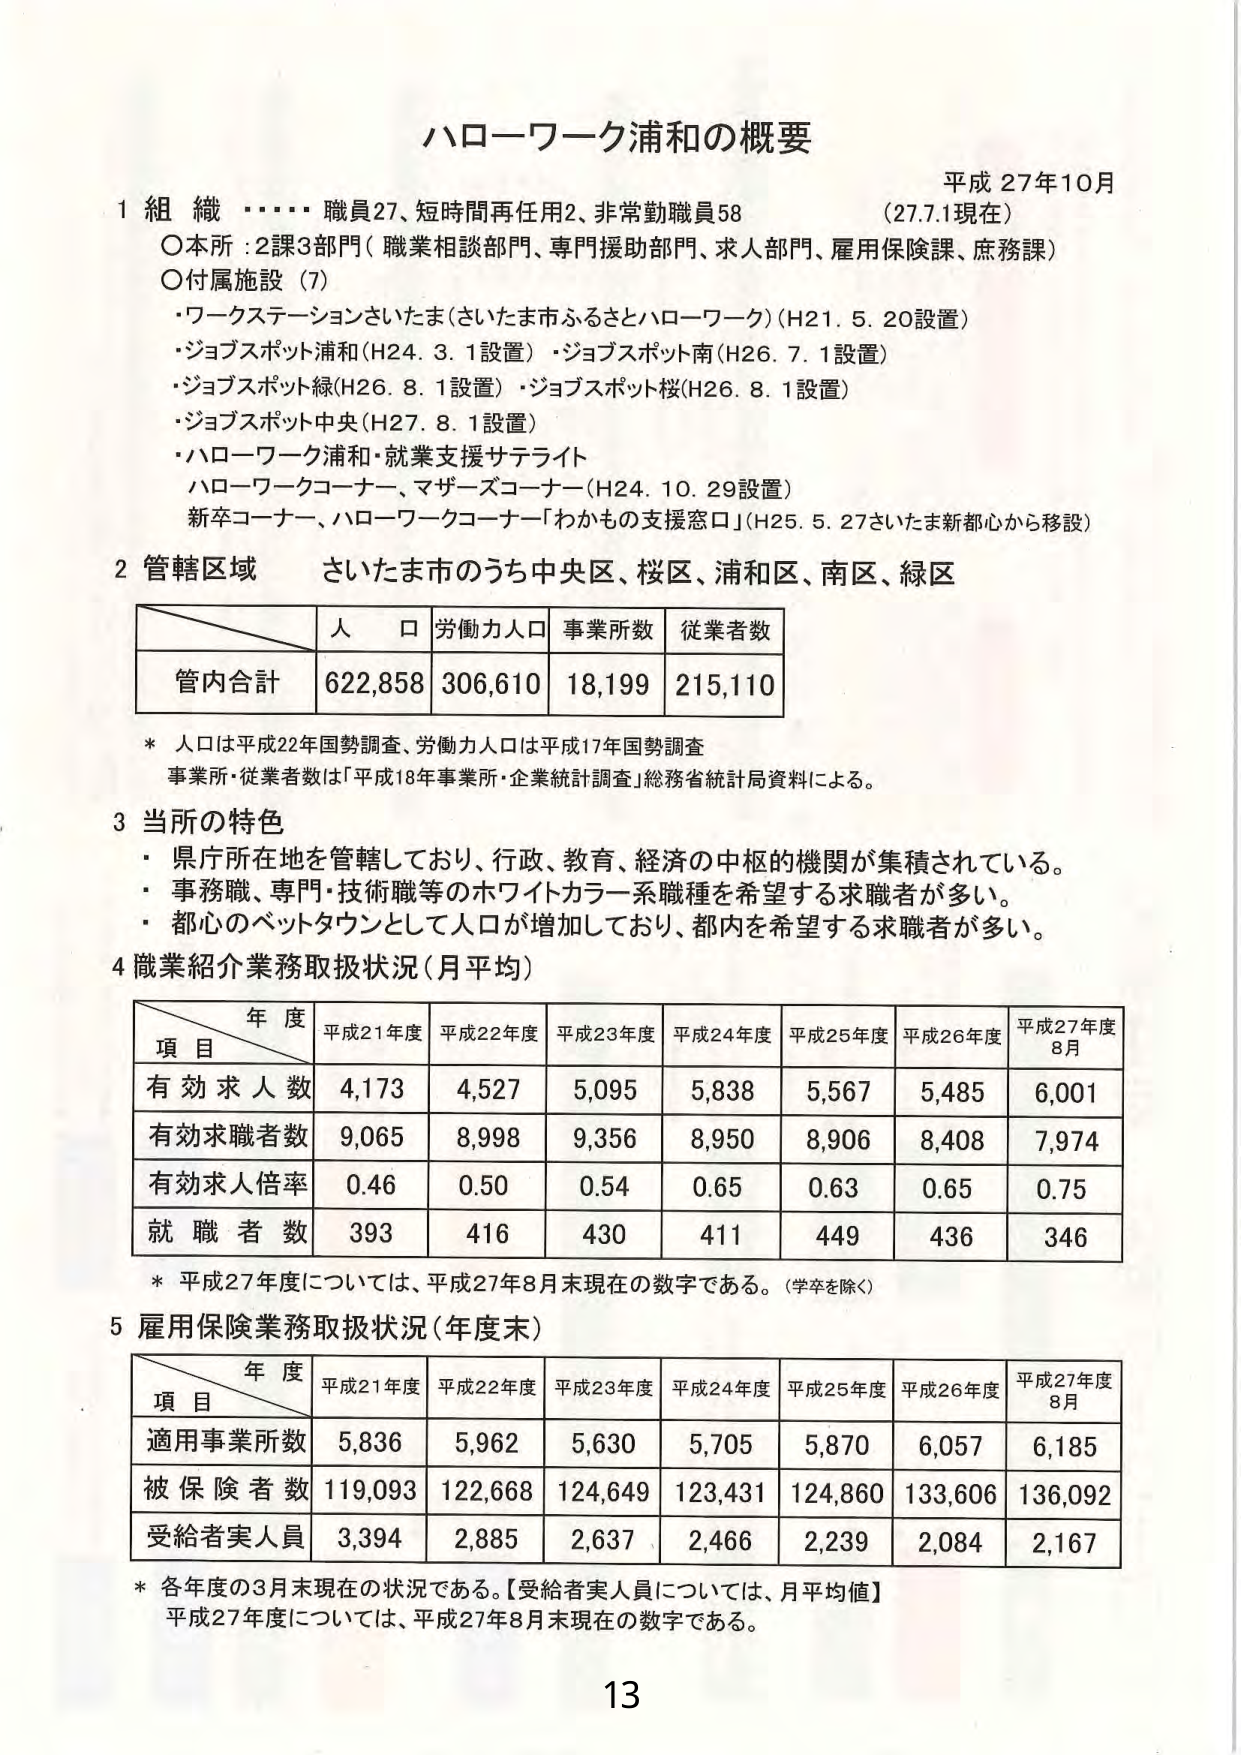
ハローワーク浦和の概要

平成27年10月
（27.7.1現在）

1 組織 ・・・・ 職員27、短時間再任用2、非常勤職員58
○本所：2課3部門（職業相談部門、専門援助部門、求人部門、雇用保険課、庶務課）
○付属施設（7）
・ワークステーションさいたま（さいたま市ふるさとハローワーク）（H21.5.20設置）
・ジョブスポット浦和（H24.3.1設置）・ジョブスポット南（H26.7.1設置）
・ジョブスポット緑（H26.8.1設置）・ジョブスポット桜（H26.8.1設置）
・ジョブスポット中央（H27.8.1設置）
・ハローワーク浦和・就業支援サテライト
　ハローワークコーナー、マザーズコーナー（H24.10.29設置）
　新卒コーナー、ハローワークコーナー「わかもの支援窓口」（H25.5.27さいたま新都心から移設）

2 管轄区域 さいたま市のうち中央区、桜区、浦和区、南区、緑区

　　　　　　　　人口　労働力人口　事業所数　従業者数
管内合計　　　　622,858　306,610　18,199　215,110

* 人口は平成22年国勢調査、労働力人口は平成17年国勢調査
事業所・従業者数は「平成18年事業所・企業統計調査」総務省統計局資料による。

3 当所の特色
・県庁所在地を管轄しており、行政、教育、経済の中核的機関が集積されている。
・事務職、専門・技術職等のホワイトカラー系職種を希望する求職者が多い。
・都心のベットタウンとして人口が増加しており、都内を希望する求職者が多い。

4 職業紹介業務取扱状況（月平均）

　　　　　　　　　　年度
　　　　　　　　平成21年度　平成22年度　平成23年度　平成24年度　平成25年度　平成26年度　平成27年度8月
　　　　　　　　　　項目
有効求人数　　　　4,173　　　4,527　　　5,095　　　5,838　　　5,567　　　5,485　　　6,001
有効求職者数　　　9,065　　　8,998　　　9,356　　　8,950　　　8,906　　　8,408　　　7,974
有効求人倍率　　　0.46　　　0.50　　　0.54　　　0.65　　　0.63　　　0.65　　　0.75
就職者数　　　　　393　　　　416　　　　430　　　　411　　　　449　　　　436　　　　346

* 平成27年度については、平成27年8月末現在の数字である。（学卒を除く）

5 雇用保険業務取扱状況（年度末）

　　　　　　　　　　年度
　　　　　　　　平成21年度　平成22年度　平成23年度　平成24年度　平成25年度　平成26年度　平成27年度8月
　　　　　　　　　　項目
適用事業所数　　　5,836　　　5,962　　　5,630　　　5,705　　　5,870　　　6,057　　　6,185
被保険者数　　　119,093　　122,668　　124,649　　123,431　　124,860　　133,606　　136,092
受給者実人員　　　3,394　　　2,885　　　2,637　　　2,466　　　2,239　　　2,084　　　2,167

* 各年度の3月末現在の状況である。【受給者実人員については、月平均値】
平成27年度については、平成27年8月末現在の数字である。

13